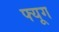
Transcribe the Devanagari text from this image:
फ्यूग